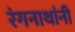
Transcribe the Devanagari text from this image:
रंगनाथांनी